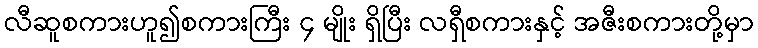
လီဆူစကားဟူ၍စကားကြီး ၄ မျိုး ရှိပြီး လရှီစကားနှင့် အဇီးစကားတို့မှာ